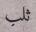
ثلب